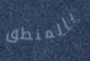
بالمنطق